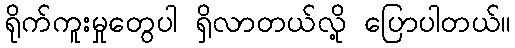
ရိုက်ကူးမှုတွေပါ ရှိလာတယ်လို့ ပြောပါတယ်။